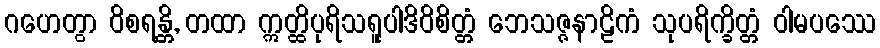
ဂဟေတွာ ဝိစရန္တိ, တထာ ဣတ္ထိပုရိသရူပါဒိဝိစိတ္တံ ဘေသဇ္ဇနာဠိကံ သုပရိက္ခိတ္တံ ဝါမပဿေ